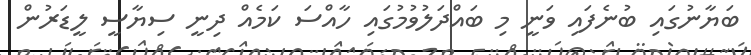
ބަޔާނުގައި ބުނެފައި ވަނީ މި ބައްދަލުވުމުގައި ހާއްސަ ކަމެއް ދިނީ ސިޔާސީ ލީޑަރުން